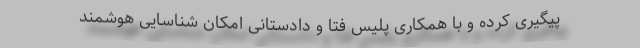
پیگیری کرده و با همکاری پلیس فتا و دادستانی امکان شناسایی هوشمند